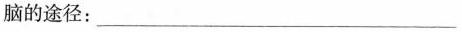
脑的途径：___